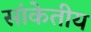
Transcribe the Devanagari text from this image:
सांकेतीय